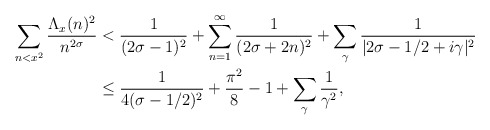
\begin{align*} \sum_{n<x^2} \frac{\Lambda_x(n)^2}{n^{2\sigma}} &< \frac{1}{(2\sigma-1)^2} + \sum_{n=1}^\infty \frac{1}{(2\sigma+2n)^2} + \sum_\gamma \frac{1}{|2\sigma-1/2+i\gamma|^2} \\ &\leq \frac{1}{4(\sigma-1/2)^2} + \frac{\pi^2}{8} - 1 + \sum_\gamma \frac{1}{\gamma^2},\end{align*}